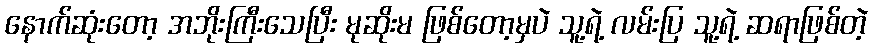
နောက်ဆုံးတော့ အဘိုးကြီးသေပြီး မုဆိုးမ ဖြစ်တော့မှပဲ သူ့ရဲ့ လမ်းပြ သူ့ရဲ့ ဆရာဖြစ်တဲ့